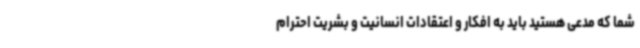
شما که مدعی هستید باید به افکار و اعتقادات انسانیت و بشریت احترام